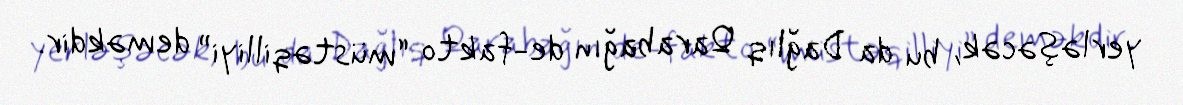
yerləşəcək, bu da Dağlıq Qarabağın de-fakto “müstəqilliyi” deməkdir.